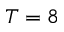
T = 8